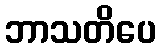
ဘာသတိပေ